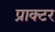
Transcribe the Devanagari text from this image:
प्राक्टर